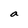
Character: a